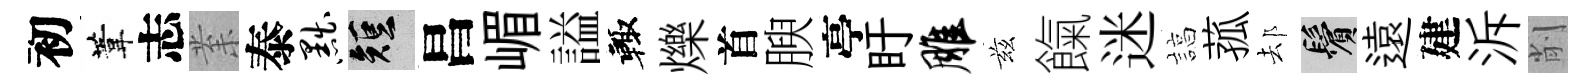
初葦志𭪙泰黜短昌嵋謚輙爍首腴亭盱雕兹餼迷諄菰𨚫鬢遠建泝削